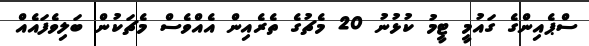
ސްޕެއިންގެ ގައުމީ ޓީމު ކުޅުނު 20 މެޗުގެ ތެރެއިން އެއްވެސް މެޗަކުން ބަލިވެފައެއް